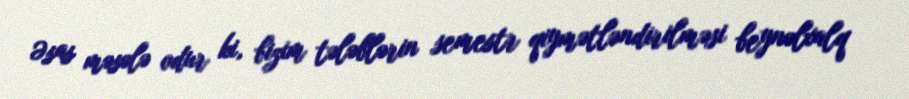
Əsas məsələ odur ki, bizim tələblərin semestr qiymətləndirilməsi beynəlxalq